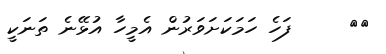
٤١     ފަހެ ހަމަކަށަވަރުން އެމީހާ އުޅޭނެ ތަނަކީ